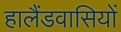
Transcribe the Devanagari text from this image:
हालैंडवासियों